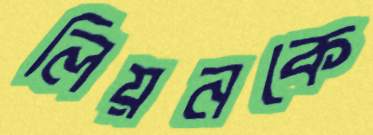
লিয়নকে